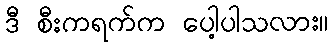
ဒီ စီးကရက်က ပေါ့ပါသလား။